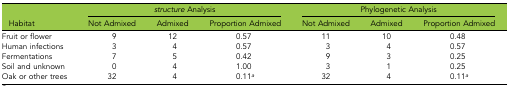
|  | <COLSPAN=3> structure Analysis | <COLSPAN=3> Phylogenetic Analysis |
 | Habitat | Not Admixed | Admixed | Proportion Admixed | Not Admixed | Admixed | Proportion Admixed |
 | --- | --- | --- | --- | --- | --- | --- |
 | Fruit or flower | 9 | 12 | 0.57 | 11 | 10 | 0.48 |
 | Human infections | 3 | 4 | 0.57 | 3 | 4 | 0.57 |
 | Fermentations | 7 | 5 | 0.42 | 9 | 3 | 0.25 |
 | Soil and unknown | 0 | 4 | 1.00 | 3 | 1 | 0.25 |
 | Oak or other trees | 32 | 4 | 0.11a | 32 | 4 | 0.11a |